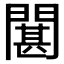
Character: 𮤘